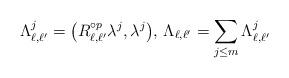
LaTeX: \begin{align*}\Lambda_{\ell,\ell'}^j = \bigl( R_{\ell,\ell'}^{\circ p} \lambda^j,\lambda^j \bigr),\,\Lambda_{\ell,\ell'} = \sum_{j\leq m} \Lambda_{\ell,\ell'}^j\end{align*}